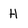
Character: H